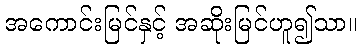
အကောင်းမြင်နှင့် အဆိုးမြင်ဟူ၍သာ။